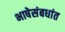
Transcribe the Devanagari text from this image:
भाषेसंबधांत